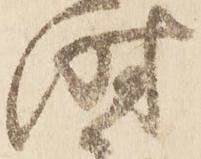
時